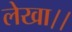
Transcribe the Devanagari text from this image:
लेखा।।